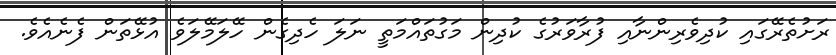
ރަށުތެރޭގައި ކުދިވެރިންނާއި ފުރާވަރުގެ ކުދިން މަގުތައްމަތީ ނަލަ ހެދިގެން ހޭލަމޭލަވެ އުޅޭތަން ފެނެއެވެ.